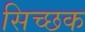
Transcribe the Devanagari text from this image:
सिच्‍छक